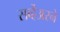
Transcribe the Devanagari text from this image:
सर्व्हेअरने